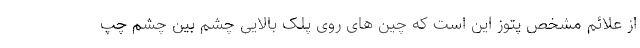
از علائم مشخص پتوز این است که چین های روی پلک بالایی چشم بین چشم چپ